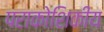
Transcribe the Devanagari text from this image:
पराकोशिकीय